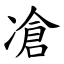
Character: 凔